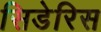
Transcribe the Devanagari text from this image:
सिडेरिस